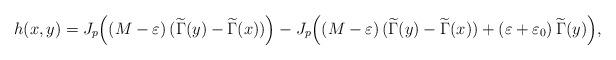
LaTeX: \begin{align*}h(x, y)=J_p\Big((M-\varepsilon)\,(\widetilde\Gamma(y)-\widetilde\Gamma(x))\Big)-J_p\Big((M-\varepsilon)\,(\widetilde\Gamma(y)-\widetilde\Gamma(x))+(\varepsilon+\varepsilon_0)\,\widetilde\Gamma(y)\Big),\end{align*}